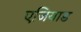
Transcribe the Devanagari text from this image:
एजियाड